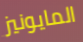
المايونيز